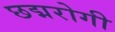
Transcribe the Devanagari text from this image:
छद्मरोगी